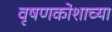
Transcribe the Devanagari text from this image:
वृषणकोशाच्या